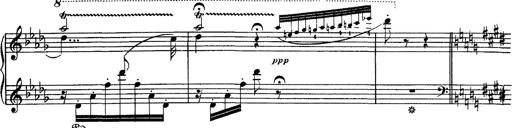
Title: Hungarian Rhapsody No.1
Composer: Franz Liszt
Key: C-sharp minor